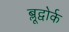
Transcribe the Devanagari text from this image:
ब्लूद्वोर्क